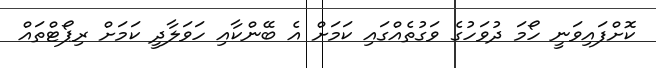
ކޮށްފައިވަނީ ހޯމަ ދުވަހުގެ ވަގުތެއްގައި ކަމަށް އެ ބޭންކާއި ހަވަލާދީ ކަމަށް ރިޕޯޓްތައް